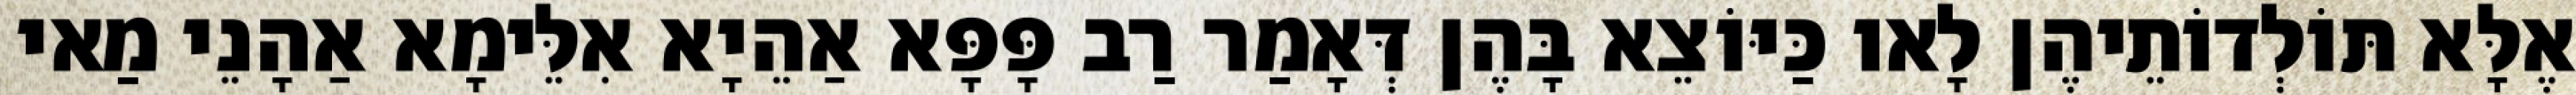
אֶלָּא תּוֹלְדוֹתֵיהֶן לָאו כַּיּוֹצֵא בָּהֶן דְּאָמַר רַב פָּפָּא אַהֵיָא אִלֵּימָא אַהָנֵי מַאי